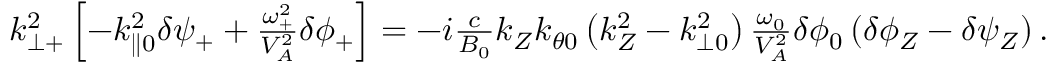
\begin{array} { r } { k _ { \perp + } ^ { 2 } \left[ - k _ { \parallel 0 } ^ { 2 } \delta \psi _ { + } + \frac { \omega _ { + } ^ { 2 } } { V _ { A } ^ { 2 } } \delta \phi _ { + } \right] = - i \frac { c } { B _ { 0 } } k _ { Z } k _ { \theta 0 } \left( k _ { Z } ^ { 2 } - k _ { \perp 0 } ^ { 2 } \right) \frac { \omega _ { 0 } } { V _ { A } ^ { 2 } } \delta \phi _ { 0 } \left( \delta \phi _ { Z } - \delta \psi _ { Z } \right) . } \end{array}